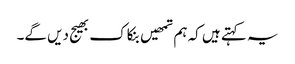
یہ کہتے ہیں کہ ہم تمھیں بنکاک بھیج دیں گے۔